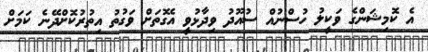
އެ ކޮމިޝަންގެ ވަކީލު ހުސްނުއް ސުއޫދު ވިދާޅުވީ އެގޮތަށް ވަގުތު އިތުރުކޮށްދޭނެ ކަމަށް